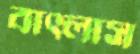
বাৎলাস